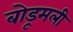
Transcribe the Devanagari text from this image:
बोडूमली